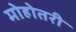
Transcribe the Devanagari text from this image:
मोहोतरी